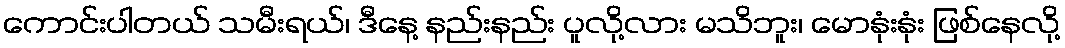
ကောင်းပါတယ် သမီးရယ်၊ ဒီနေ့ နည်းနည်း ပူလို့လား မသိဘူး၊ မောနုံးနုံး ဖြစ်နေလို့